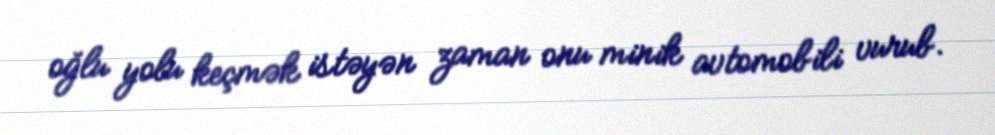
oğlu yolu keçmək istəyən zaman onu minik avtomobili vurub.